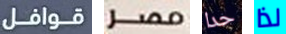
قوافل مصر حدا لذا